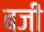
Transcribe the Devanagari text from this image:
बजीं